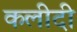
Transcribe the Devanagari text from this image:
कलीदी